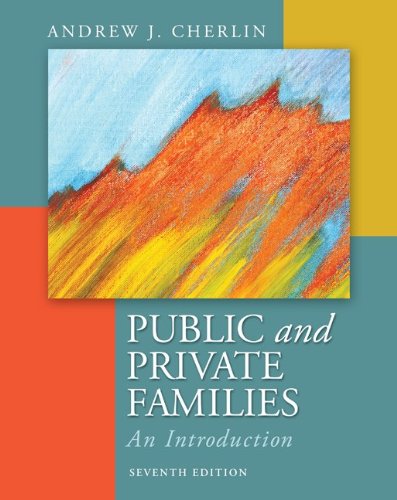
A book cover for Public and Private Families: An Introduction; Andrew Cherlin; Politics & Social Sciences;